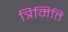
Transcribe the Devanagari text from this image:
त्रिमिति